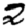
Digit: 2